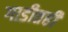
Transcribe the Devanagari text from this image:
गाडीतही